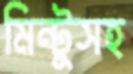
মিন্টুসহ